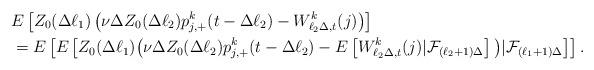
LaTeX: \begin{align*} & E\left[Z_0(\Delta \ell_1)\left(\nu\Delta Z_0(\Delta\ell_2)p^k_{j,+}(t-\Delta\ell_2)-W^k_{\ell_2\Delta,t}(j)\right)\right] \\ & =E\left[E\left[Z_0(\Delta \ell_1) \big(\nu\Delta Z_0(\Delta\ell_2)p^k_{j,+}(t-\Delta\ell_2)-E\left[W^k_{\ell_2\Delta,t}(j)|{\cal F}_{(\ell_2+1)\Delta}\right]\big)|{\cal F}_{(\ell_1+1)\Delta}\right]\right].\end{align*}